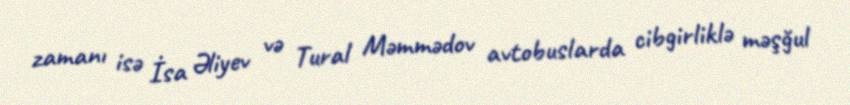
zamanı isə İsa Əliyev və Tural Məmmədov avtobuslarda cibgirliklə məşğul